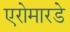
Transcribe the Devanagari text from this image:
एरोमारडे